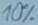
Text: 10%